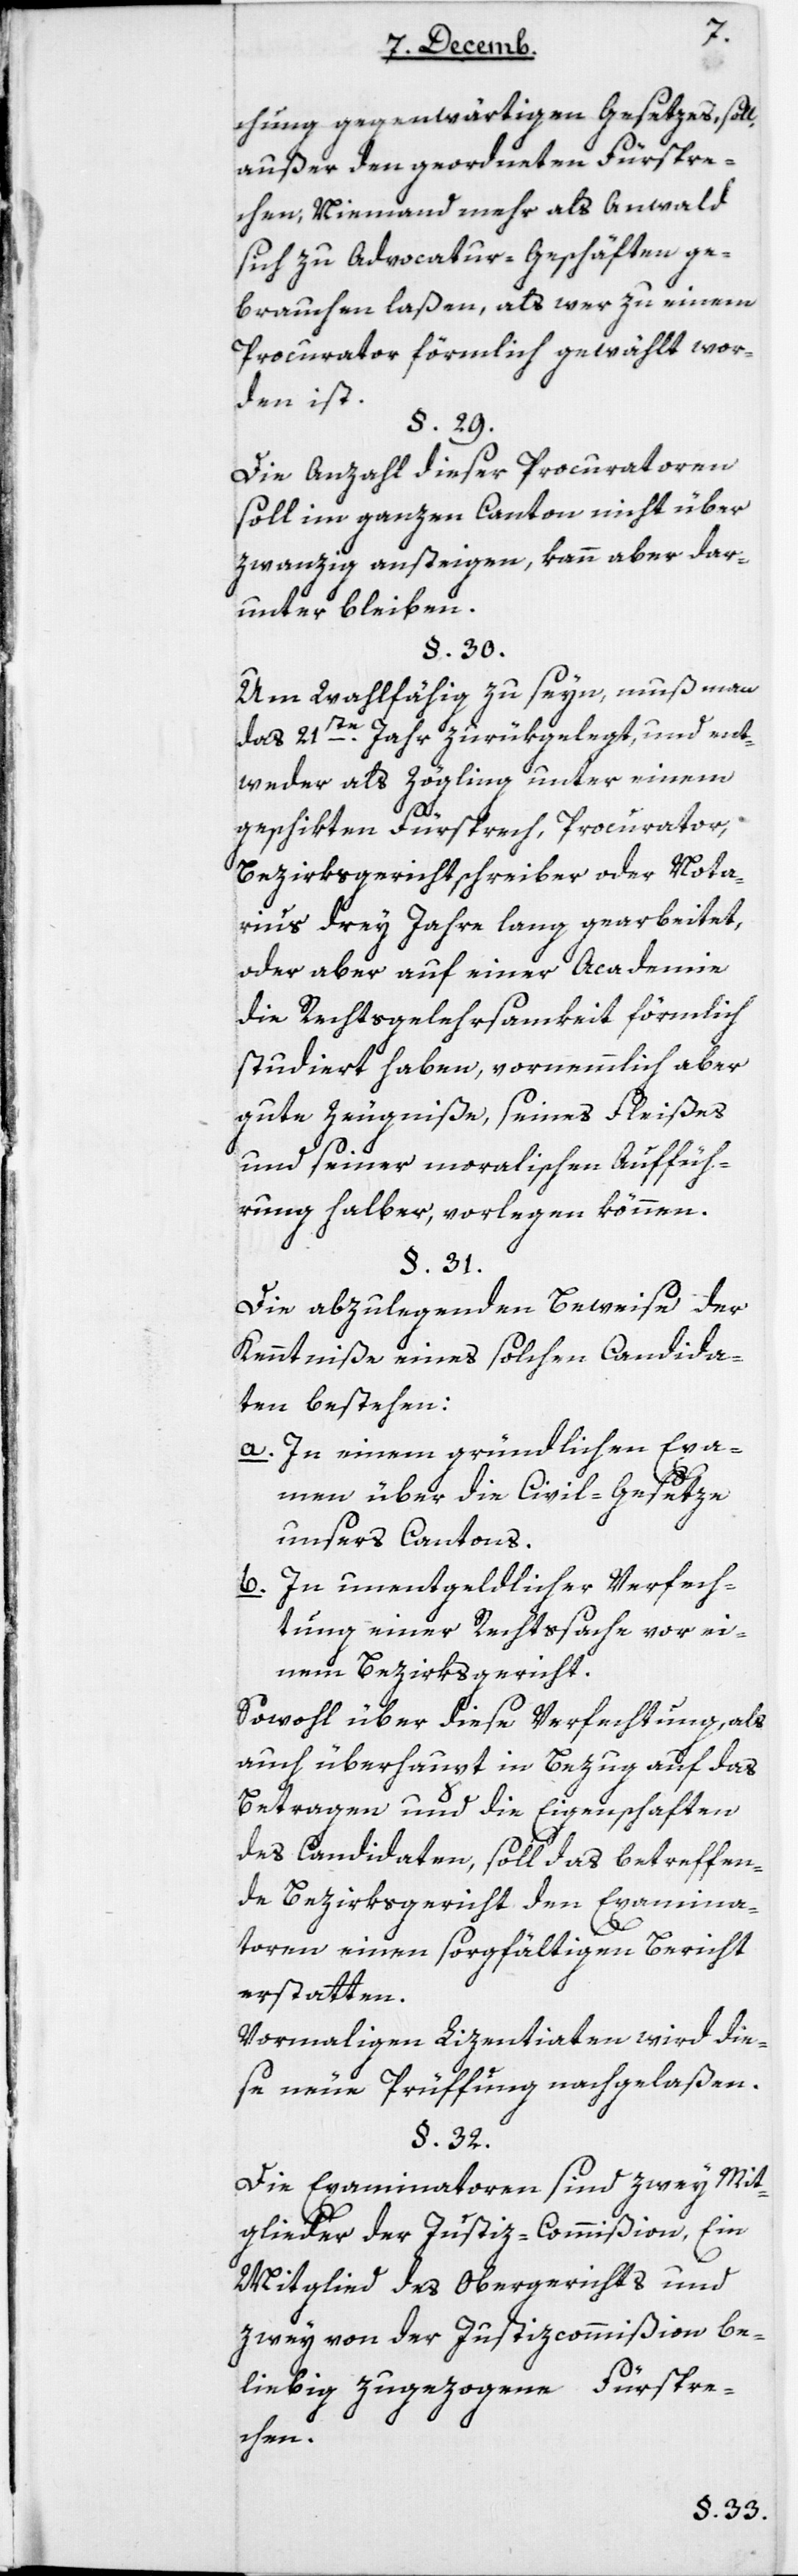
chung gegenwärtigen Gesetzes, soll
außer den geordneten Fürspre¬
chen, niemand mehr als Anwald
sich zu Advocatur-Geschäften ge¬
brauchen laßen, als wer zu einem
Procurator förmlich gewählt wor¬
den ist.
Die Anzahl dieser Procuratoren
zwanzig ansteigen, kann aber dar¬
unter bleiben.
Um wahlfähig zu seyn, muß man
das 21ste Jahr zurükgelegt, und ent¬
weder als Zögling unter einem
geschikten Fürsprech, Procurator,
Bezirksgerichtschreiber oder Nota¬
rius drey Jahre lang gearbeitet,
oder aber auf einer Academie
die Rechtsgelehrsamkeit förmlich
studiert haben, vornemmlich aber
gute Zeugniße, seines Fleißes
und seiner moralischen Auffüh¬
rung halber, vorlegen können.
Die abzulegenden Beweise der
Kenntniße eines solchen Candida¬
ten bestehen:
a. In einem gründlichen Exa¬
men über die Civilgesetze
unsers Cantons.
b. In unentgeldlicher Verfech¬
tung einer Rechtssache vor ei¬
nem Bezirksgericht.
Sowohl über diese Verfechtung als
auch überhaupt in Bezug auf das
Betragen und die Eigenschaften
des Candidaten, soll das betreffen¬
de Bezirksgericht den Examina¬
toren einen sorgfältigen Bericht
erstatten.
Vormaligen Lizentiaten wird die¬
se neue Prüffung nachgelaßen.
§ 32
Die Examinatoren sind zwey Mit¬
glieder der Justiz-Commißion, ein
Mitglied des Obergerichts und
zwey von der Justiz-Commißion be¬
liebig zugezogene Fürspre¬
chen.